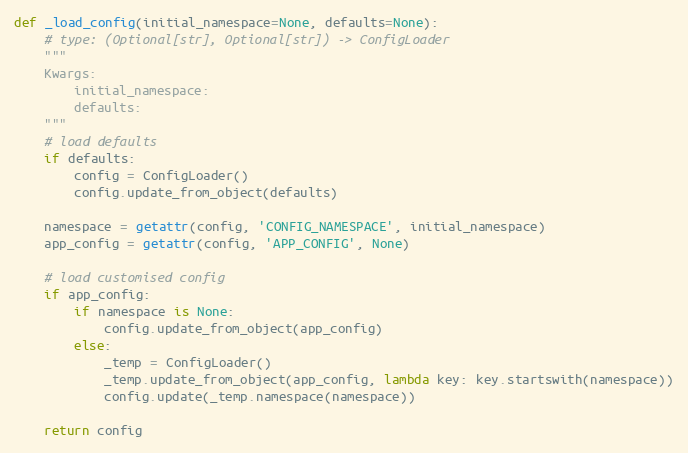
Language: Python
def _load_config(initial_namespace=None, defaults=None):
    # type: (Optional[str], Optional[str]) -> ConfigLoader
    """
    Kwargs:
        initial_namespace:
        defaults:
    """
    # load defaults
    if defaults:
        config = ConfigLoader()
        config.update_from_object(defaults)

    namespace = getattr(config, 'CONFIG_NAMESPACE', initial_namespace)
    app_config = getattr(config, 'APP_CONFIG', None)

    # load customised config
    if app_config:
        if namespace is None:
            config.update_from_object(app_config)
        else:
            _temp = ConfigLoader()
            _temp.update_from_object(app_config, lambda key: key.startswith(namespace))
            config.update(_temp.namespace(namespace))

    return config